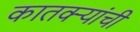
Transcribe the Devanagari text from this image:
कातक्र्‍यांची